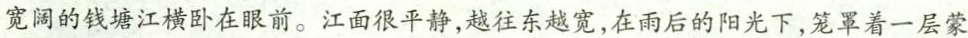
宽阔的钱塘江横卧在眼前。江面很平静，越往东越宽，在雨后的阳光下，笼罩着一层蒙